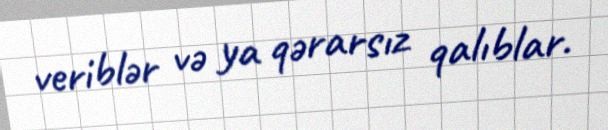
veriblər və ya qərarsız qalıblar.